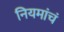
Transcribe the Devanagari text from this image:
नियमांचं